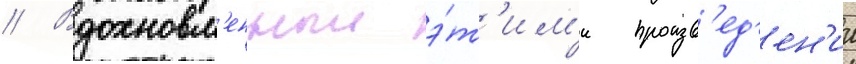
// Вдохновл'енныи э́т'им'и произв'ед'ен'ии